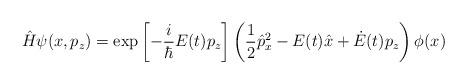
LaTeX: \begin{align*}\hat{H}\psi(x,p_z)=\exp\left[-\frac{i}{\hbar}E(t)p_z\right]\left(\frac{1}{2}\hat{p}_x^2-E(t)\hat{x}+\dot{E}(t)p_z\right)\phi(x)\end{align*}